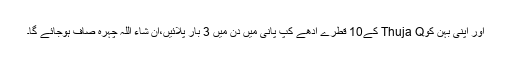
اور اپنی بہن کوThuja Q کے10 قطرے آدھے کپ پانی میں دن میں 3 بار پلائیں،ان شاء اللہ چہرہ صاف ہوجائے گا۔